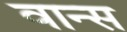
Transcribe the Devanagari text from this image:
वान्स